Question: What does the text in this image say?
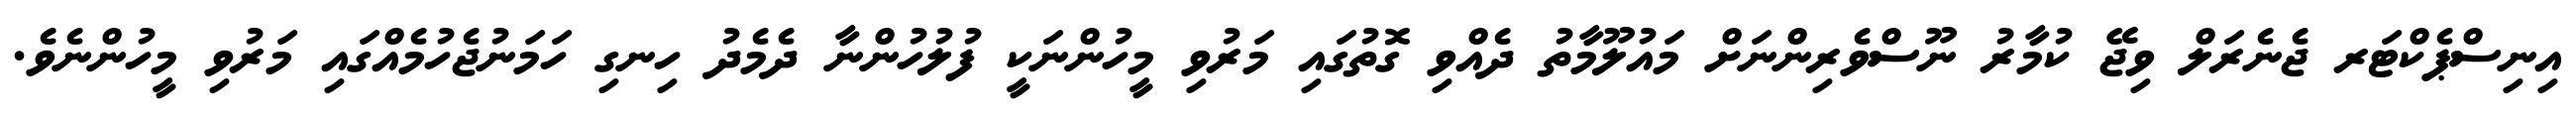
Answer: އިނިސްޕެކްޓަރ ޖެނެރަލް ވިޖޭ ކުމާރު ނޫސްވެރިންނަށް މައުލޫމާތު ދެއްވި ގޮތުގައި މަރުވި މީހުންނަކީ ފުލުހުންނާ ދެމެދު ހިނގި ހަމަނުޖެހުމެއްގައި މަރުވި މީހުންނެވެ.